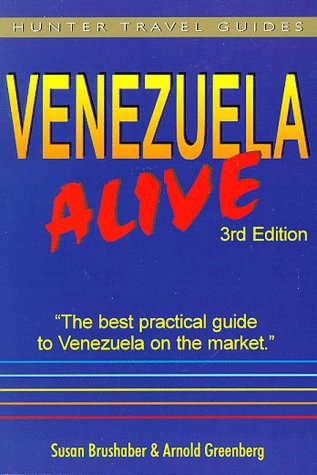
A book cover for Venezuela Alive (Alive Guides Series); Susan Brushaber; Travel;